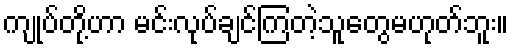
ကျုပ်တို့ဟာ မင်းလုပ်ချင်ကြတဲ့သူတွေမဟုတ်ဘူး။